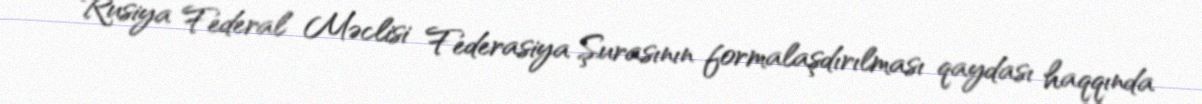
Rusiya Federal Məclisi Federasiya Şurasının formalaşdırılması qaydası haqqında